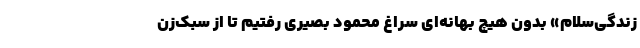
زندگی‌سلام» بدون هیچ بهانه‌ای سراغ محمود بصیری رفتیم تا از سبک‌زن